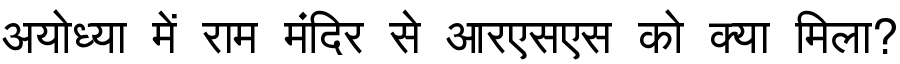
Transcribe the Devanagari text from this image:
अयोध्या में राम मंदिर से आरएसएस को क्या मिला?